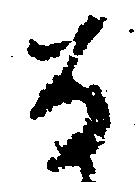
な